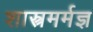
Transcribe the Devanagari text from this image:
शास्त्रमर्मज्ञ